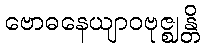
ဗောဓနေယျာဝဗုဇ္ဈန္တိ